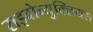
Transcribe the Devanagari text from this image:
राइबोन्युक्लियस